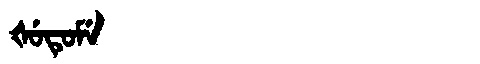
Manchu: ᡧᡠᡨᡠᠮᡝ
Romanization: ŠUTUME